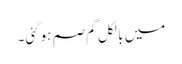
میں بالکل گم صم ہوگئی۔